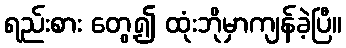
ရည်းစား တွေ့၍ ထုံးဘိုမှာကျန်ခဲ့ပြီ။